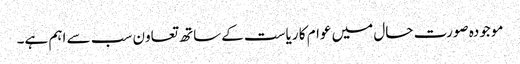
موجودہ صورت حال میں عوام کا ریاست کےساتھ تعاون سب سے اہم ہے۔